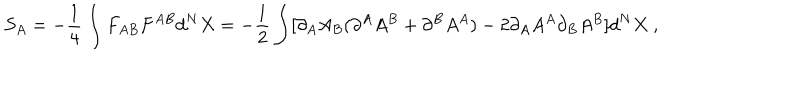
S _ { A } = - \frac { 1 } { 4 } \int F _ { A B } F ^ { A B } d ^ { N } X = - \frac { 1 } { 2 } \int [ \partial _ { A } A _ { B } ( \partial ^ { A } A ^ { B } + \partial ^ { B } A ^ { A } ) - 2 \partial _ { A } A ^ { A } \partial _ { B } A ^ { B } ] d ^ { N } X ~ ,